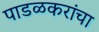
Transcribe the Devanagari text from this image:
पाडळकरांचा